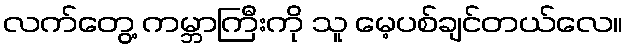
လက်တွေ့ ကမ္ဘာကြီးကို သူ မေ့ပစ်ချင်တယ်လေ။